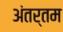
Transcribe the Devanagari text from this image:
अंतर्तम